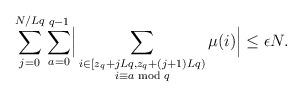
LaTeX: \begin{align*}\displaystyle\sum_{j=0}^{N/Lq}\sum_{a=0}^{q-1}\Bigr\lvert \sum_{\substack{i\in[z_q+jLq,z_q+(j+1)Lq)\\i\equiv a \bmod{q}}}\mu(i) \Bigr\rvert\leq\epsilon N.\end{align*}